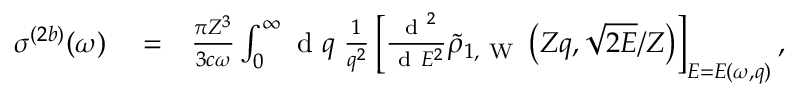
\begin{array} { r l r } { \sigma ^ { ( 2 b ) } ( \omega ) } & { { } = } & { \frac { \pi Z ^ { 3 } } { 3 c \omega } \int _ { 0 } ^ { \infty } \ensuremath { \mathrm { ~ d ~ } } q \; \frac { 1 } { q ^ { 2 } } \left[ \frac { \ensuremath { \mathrm { ~ d ~ } } ^ { 2 } } { \ensuremath { \mathrm { ~ d ~ } } E ^ { 2 } } \tilde { \rho } _ { 1 , \mathrm { ~ W ~ } } \left( Z q , \sqrt { 2 E } / Z \right) \right] _ { E = E ( \omega , q ) } , } \end{array}